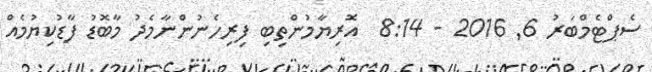
ސެޕްޓެމްބަރު 6